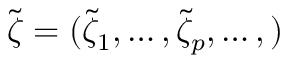
\tilde { \boldsymbol { \zeta } } = ( \tilde { \zeta } _ { 1 } , \dots , \tilde { \zeta } _ { p } , \dots , )